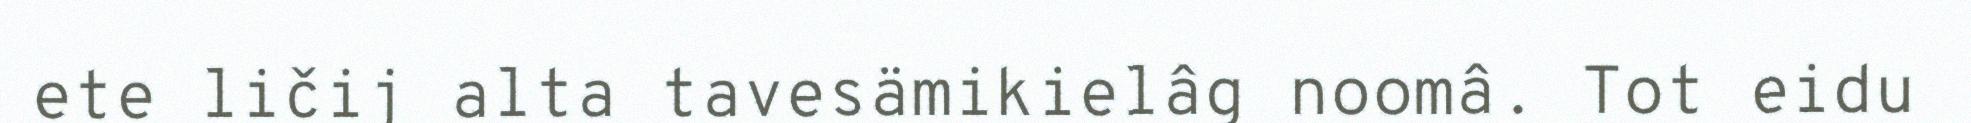
ete ličij alta tavesämikielâg noomâ. Tot eidu